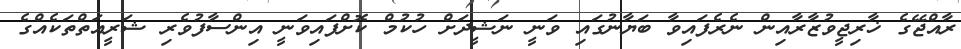
ރާއްޖޭގެ ޚާރިޖީވުޒާރާއިން ނެރެފައިވާ ބަޔާނުގައި ވަނީ ނަޝީދަށް ހުކުމް ކޮށްފައިވަނީ އިންސާފުވެރި ޝަރީއަތްތަކެއްގެ